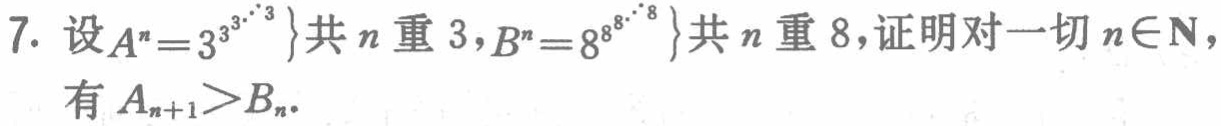
7. 设\(A^{n}=\underbrace{3^{3^{3^{\cdots^{3}}}}}_{共n重3}\)，\(B^{n}=\underbrace{8^{8^{8^{\cdots^{8}}}}}_{共n重8}\)，证明对一切\(n\in\mathbf{N}\)，有\(A_{n + 1}>B_{n}\)。